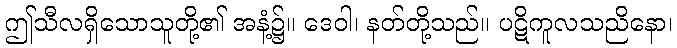
ဤသီလရှိသောသူတို့၏ အနံ့၌။ ဒေဝါ၊ နတ်တို့သည်။ ပဋိကူလသညိနော၊